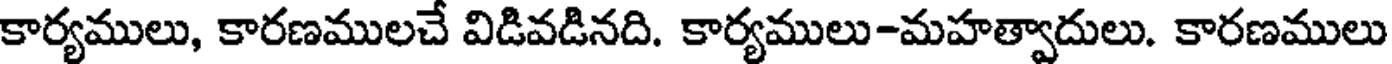
కార్యములు, కారణములచే విడివడినది. కార్యములు-మహత్వాదులు. కారణములు